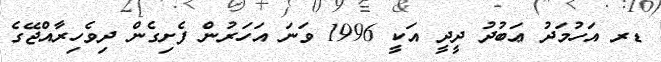
ޑރ އަހުމަދު ޢަބުދު ދީދީ އަކީ 1996 ވަނަ އަހަރުން ފެށިގެން ދިވެހިރާއްޖޭގެ